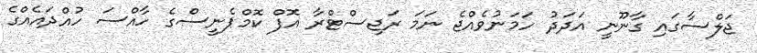
ޖަލްސާގައި ގާނޫނީ އަދަދު ހަމަނުވެއްޖެ ނަމަ ރަޖިސްޓްރާ އޮފް ކޮމްޕެނީސްގެ ހާއްސަ ހުއްދައެއްގެ